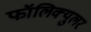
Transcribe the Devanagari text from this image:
फॉलिक्युलर